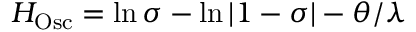
H _ { \mathrm { O s c } } = \ln \sigma - \ln | 1 - \sigma | - \theta / \lambda